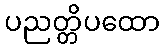
ပညတ္တိပထော